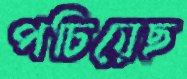
পচিয়েছ